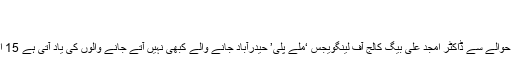
اسلام […]
نوجوانوں میں قائدانہ صلاحیتوں کا فقدان :- فاروق طاہر
پروفیسر سلیمان اطہر جاوید کی خاکہ نگاری چہرہ چہرہ داستان کے حوالے سے ڈاکٹر امجد علی بیگ کالج آف لینگویجس ‘ملے پلی’ حیدرآباد جانے والے کبھی نہیں آتے جانے والوں کی یاد آتی ہے 15 اگسٹ2018ء کا دن ساری دنیا ہندوستان کا جشن آزادی منارہی تھی۔